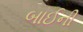
બાઈની